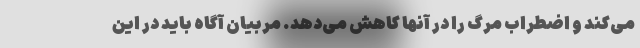
می‌کند و اضطراب مرگ را در آنها کاهش می‌دهد. مربیان آگاه باید در این